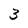
Character: 3